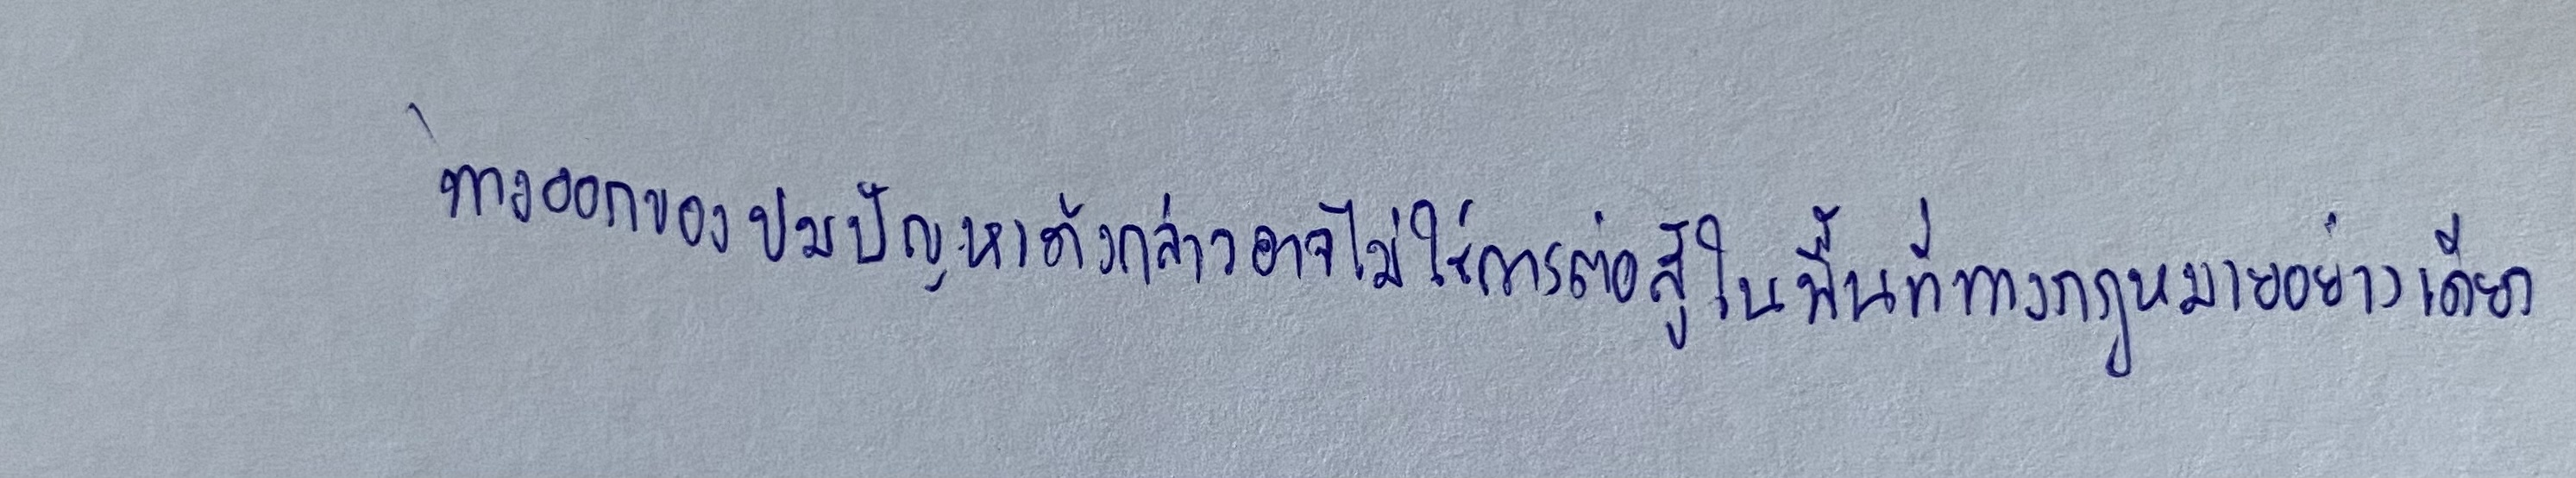
ทางออกของปมปัญหาดังกล่าวอาจไม่ใช่การต่อสู้ในพื้นที่ทางกฎหมายอย่างเดียว